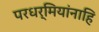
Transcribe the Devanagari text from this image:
परधर्मियांनाहि